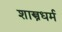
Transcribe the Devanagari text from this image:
शास्त्रधर्म